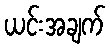
ယင်းအချက်